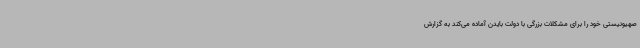
صهیونیستی خود را برای مشکلات بزرگی با دولت بایدن آماده می‌کند به گزارش